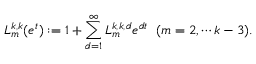
L _ { m } ^ { k , k } ( e ^ { t } ) : = 1 + \sum _ { d = 1 } ^ { \infty } L _ { m } ^ { k , k , d } e ^ { d t } \; \; ( m = 2 , \cdots k - 3 ) .